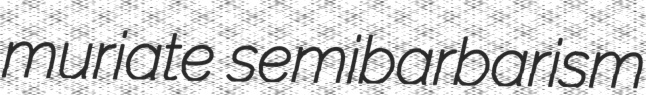
muriate semibarbarism